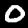
Digit: 0